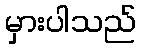
မှားပါသည်